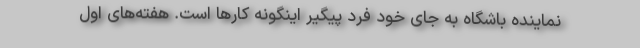
نماینده باشگاه به جای خود فرد پیگیر اینگونه کارها است. هفته‌های اول